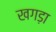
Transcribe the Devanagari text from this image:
खगड़ा